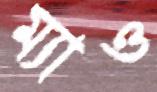
ম্যাও